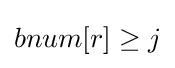
bnum[r]\geq j